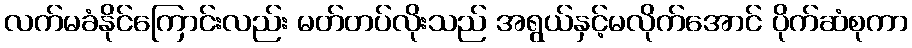
လက်မခံနိုင်ကြောင်းလည်း မတ်တပ်လိုးသည် အရွယ်နှင့်မလိုက်အောင် ပိုက်ဆံစုကာ